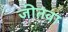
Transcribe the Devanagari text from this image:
जीतवा